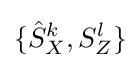
\{{\hat {S}}_{X}^{k},S_{Z}^{l}\}